Vaccine operations Central Provinces 1900-1911 - 1900-1911
Year: 1900
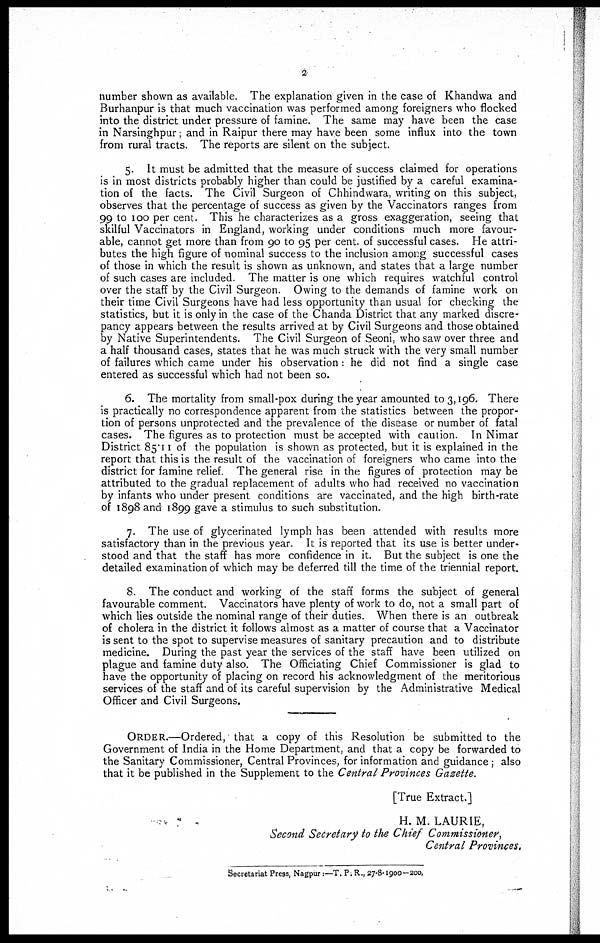
2
number shown as available. The explanation given in the case of Khandwa and
Burhanpur is that much vaccination was performed among foreigners who flocked
into the district under pressure of famine. The same may have been the case
in Narsinghpur; and in Raipur there may have been some influx into the town
from rural tracts. The reports are silent on the subject.
5. It must be admitted that the measure of success claimed for operations
is in most districts probably higher than could be justified by a careful examina-
tion of the facts. The Civil Surgeon of Chhindwara, writing on this subject,
observes that the percentage of success as given by the Vaccinators ranges from
99 to 100 per cent. This he characterizes as a gross exaggeration, seeing that
skilful Vaccinators in England, working under conditions much more favour-
able, cannot get more than from 90 to 95 per cent. of successful cases. He attri-
butes the high figure of nominal success to the inclusion among successful cases
of those in which the result is shown as unknown, and states that a large number
of such cases are included. The matter is one which requires watchful control
over the staff by the Civil Surgeon. Owing to the demands of famine work on
their time Civil Surgeons have had less opportunity than usual for checking the
statistics, but it is only in the case of the Chanda District that any marked discre-
pancy appears between the results arrived at by Civil Surgeons and those obtained
by Native Superintendents. The Civil Surgeon of Seoni, who saw over three and
a half thousand cases, states that he was much struck with the very small number
of failures which came under his observation: he did not find a single case
entered as successful which had not been so.
6. The mortality from small-pox during the year amounted to 3,196. There
is practically no correspondence apparent from the statistics between the propor-
tion of persons unprotected and the prevalence of the disease or number of fatal
cases. The figures as to protection must be accepted with caution. In Nimar
District 85.11 of the population is shown as protected, but it is explained in the
report that this is the result of the vaccination of foreigners who came into the
district for famine relief. The general rise in the figures of protection may be
attributed to the gradual replacement of adults who had received no vaccination
by infants who under present conditions are vaccinated, and the high birth-rate
of 1898 and 1899 gave a stimulus to such substitution.
7. The use of glycerinated lymph has been attended with results more
satisfactory than in the previous year. It is reported that its use is better under-
stood and that the staff has more confidence in it. But the subject is one the
detailed examination of which may be deferred till the time of the triennial report.
8. The conduct and working of the staff forms the subject of general
favourable comment. Vaccinators have plenty of work to do, not a small part of
which lies outside the nominal range of their duties. When there is an outbreak
of cholera in the district it follows almost as a matter of course that a Vaccinator
is sent to the spot to supervise measures of sanitary precaution and to distribute
medicine. During the past year the services of the staff have been utilized on
plague and famine duty also. The Officiating Chief Commissioner is glad to
have the opportunity of placing on record his acknowledgment of the meritorious
services of the staff and of its careful supervision by the Administrative Medical
Officer and Civil Surgeons.
ORDER.—Ordered, that a copy of this Resolution be submitted to the
Government of India in the Home Department, and that a copy be forwarded to
the Sanitary Commissioner, Central Provinces, for information and guidance; also
that it be published in the Supplement to the Central Provinces Gazette.
[True Extract.]
H.M.LAURIE,
Second Secretary to the Chief Commissioner,
Central Provinces.
Secretariat Press, Nagpur:—T. P. R., 27-8-1900-200.